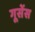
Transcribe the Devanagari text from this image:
गूसेंस